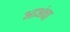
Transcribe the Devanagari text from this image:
आअंचा